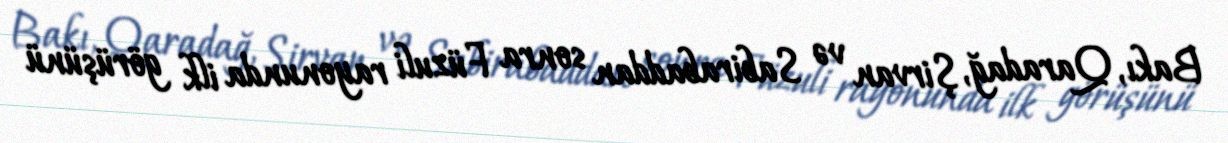
Bakı, Qaradağ, Şirvan və Sabirabaddan sonra Füzuli rayonunda ilk görüşünü